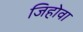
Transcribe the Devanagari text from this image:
जिहोवा